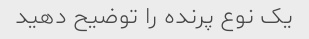
یک نوع پرنده را توضیح دهید